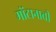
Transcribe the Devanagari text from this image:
मोंटानाची